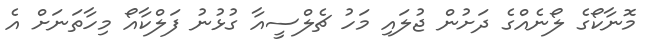
މޮނާކޯގެ ލޯނެއްގެ ދަށުން ޖުލައި މަހު ޗެލްސީއާ ގުޅުނު ފަލްކާއޯ މިހާތަނަށް އެ